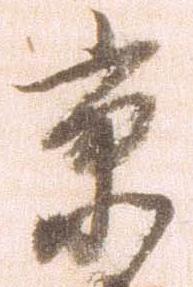
京